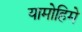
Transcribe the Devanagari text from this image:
यामोहिमे